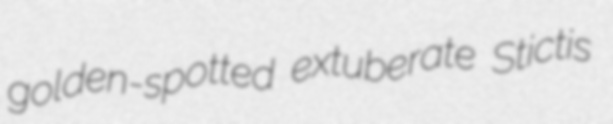
golden-spotted extuberate Stictis